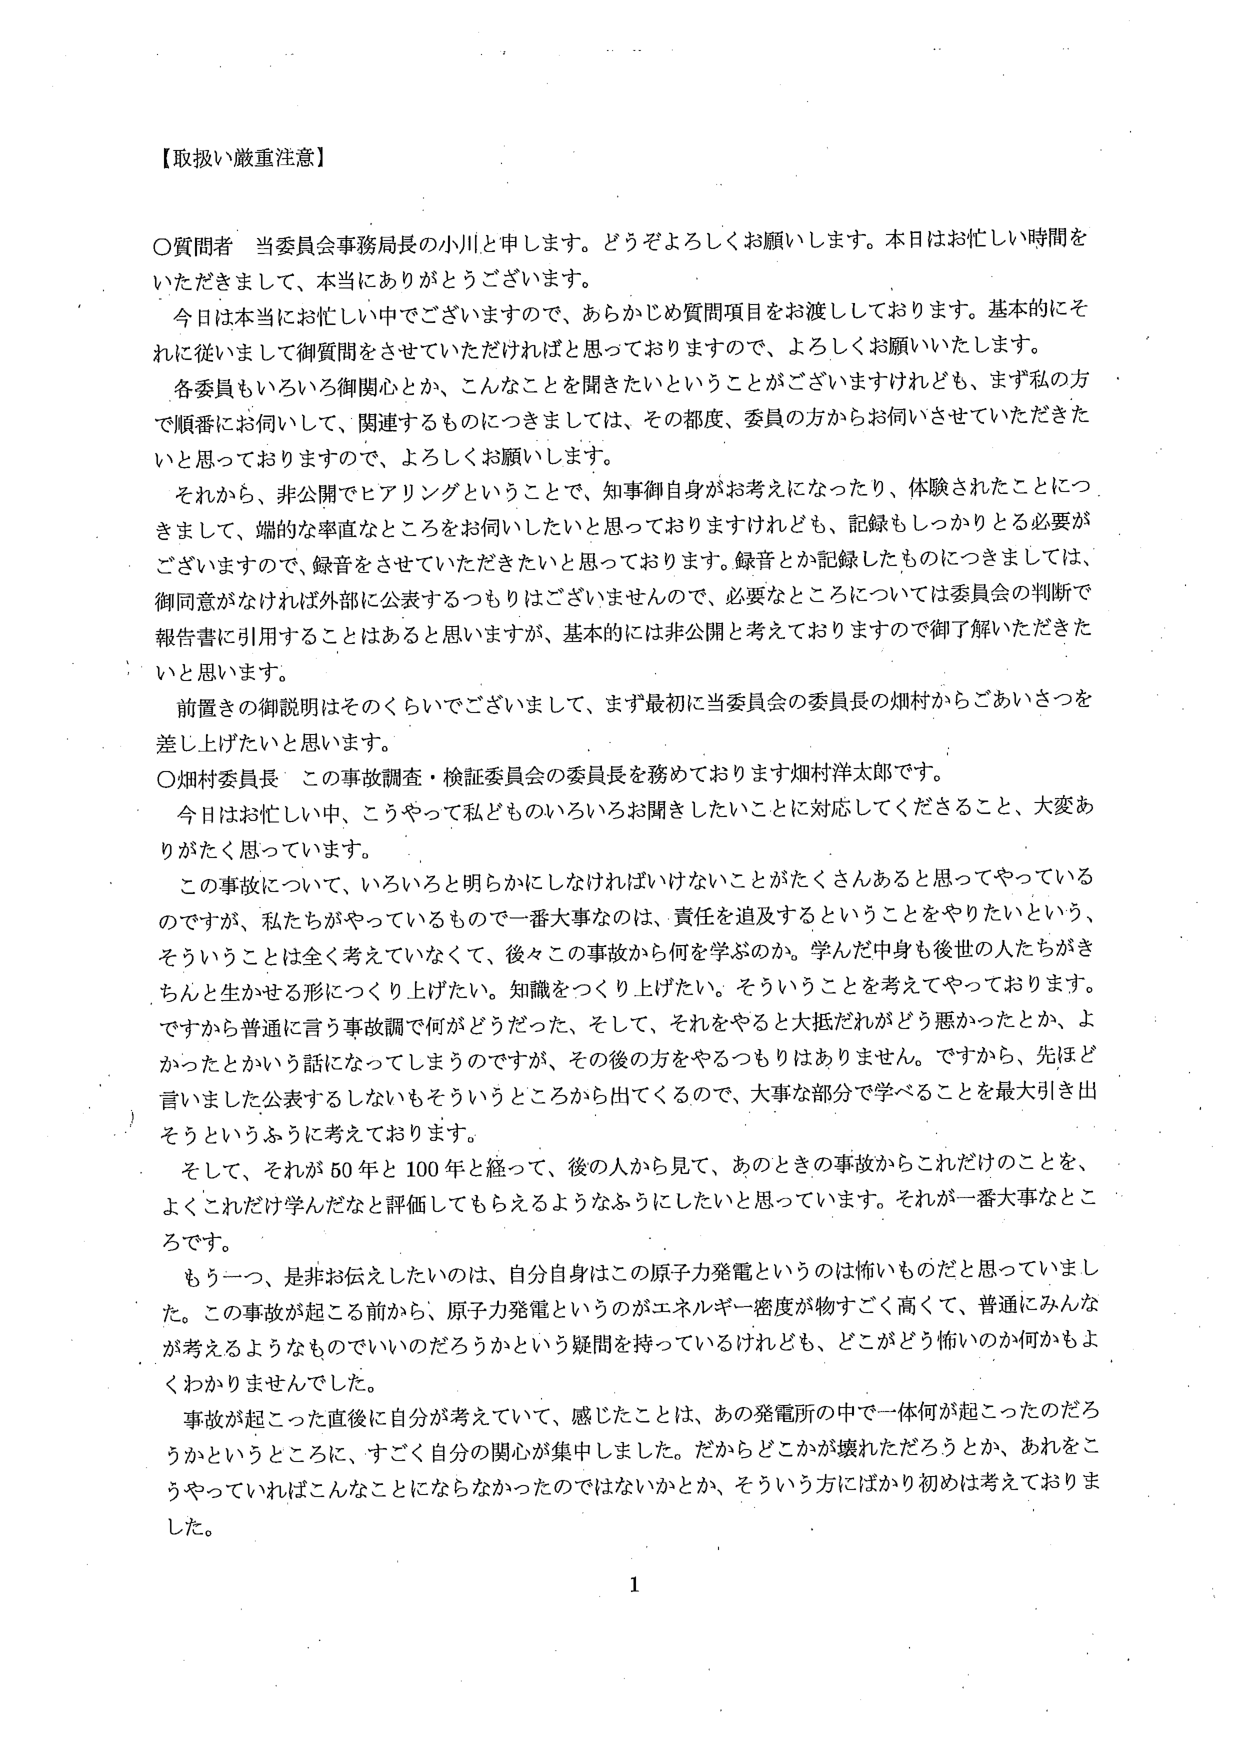
【取扱い厳重注意】

〇質問者　当委員会事務局長の小川と申します。どうぞよろしくお願いします。本日はお忙しい時間をいただきまして、本当にありがとうございます。

今日は本当にお忙しい中でございますので、あらかじめ質問項目をお渡ししております。基本的にそれに従いまして御質問をさせていただければと思っておりますので、よろしくお願いいたします。

各委員もいろいろ御関心とか、こんなことを聞きたいということがございますけれども、まず私の方で順番にお伺いして、関連するものにつきましては、その都度、委員の方からお伺いさせていただきたいと思っておりますので、よろしくお願いします。

それから、非公開でヒアリングということで、知事御自身がお考えになったり、体験されたことにつきまして、端的な率直なところをお伺いしたいと思っておりますけれども、記録もしっかりとする必要がございますので、録音をさせていただきたいと思っております。録音とか記録したものにつきましては、御同意がなければ外部に公表するつもりはございませんので、必要なところについては委員会の判断で報告書に引用することはあると思いますが、基本的には非公開と考えておりますので御了解いただきたいと思います。

前置きの御説明はそのくらいでございまして、まず最初に当委員会の委員長の畑村からごあいさつを差し上げたいと思います。

〇畑村委員長　この事故調査・検証委員会の委員長を務めております畑村洋太郎です。

今日はお忙しい中、こうやって私どものいろいろお聞きしたいことに対応してくださること、大変ありがたく思っています。

この事故について、いろいろと明らかにしなければいけないことがたくさんあると思ってやっているのですが、私たちがやっているもので一番大事なのは、責任を追及するということをやりたいという、そういうことは全く考えていないくて、後々この事故から何を学ぶのか。学んだ中身も後世の人たちがきちんと生かせる形につくり上げたい。知識をつくり上げたい。そういうことを考えてやっております。ですから普通に言う事故調で何がどうだった、そして、それをやると大抵だれがどう悪かったとか、よかったとかいう話になってしまうのですが、その後の方をやるつもりはありません。ですから、先ほど言いました公表するしないもそういうところから出てくるので、大事な部分で学べることを最大引き出そうというふうに考えております。

そして、それが50年と100年と経って、後の人から見て、あのときの事故からこれだけのことを、よくこれだけ学んだなと評価してもらえるようなふうにしたいと思っています。それが一番大事なところです。

もう一つ、是非お伝えしたいのは、自分自身はこの原子力発電というのは怖いものだと思っていました。この事故が起こる前から、原子力発電というのがエネルギー密度が物すごく高くて、普通にみんなが考えるようなものでいいのだろうかという疑問を持っているけれども、どこがどう怖いのか何かもよくわかりませんでした。

事故が起こった直後に自分が考えていて、感じたことは、あの発電所の中で一体何が起こったのだろうかというところに、すごく自分の関心が集中しました。だからどこかが壊れただろうとか、あれをこうやっていればこんなことにならなかったのではないかとか、そういう方にはばかり初めは考えておりました。

1